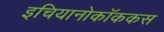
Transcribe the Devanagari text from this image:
इचियानोकॉककस